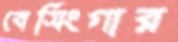
বেসিংগার